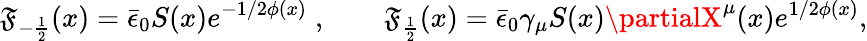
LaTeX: \mathfrak{F}_{-{\frac{{1}}{{2}}}}(x)=\bar{{\epsilon}}_{0}S(x)e^{-1/2\phi(x)}\; ,\qquad\mathfrak{F}_{\frac{{1}}{{2}}}(x)=\bar{{\epsilon}}_{0}\gamma_{\mu}S(x)\partialX^{\mu}(x)e^{1/2\phi(x)},